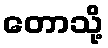
တောသို့